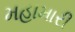
મહામારી